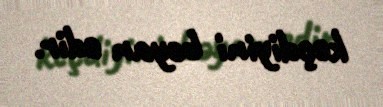
keçdiyini bəyan edir.